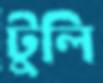
টুলি